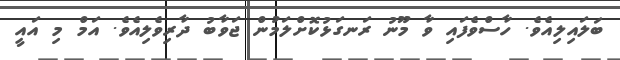
ބަލައިލިއެވެ. ހާސްވެފައި ވާ މޫނު ރަނގަޅުކޮށްލަމުން ޖަވާބު ދާރިވެލިއެވެ. އަމް މި އައީ